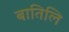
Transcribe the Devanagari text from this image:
बातिलि